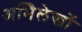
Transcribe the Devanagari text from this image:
अभिेलेखों